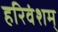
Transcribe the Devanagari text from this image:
हरिवंशम्